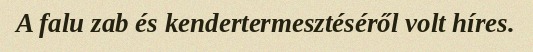
A falu zab és kendertermesztéséről volt híres.